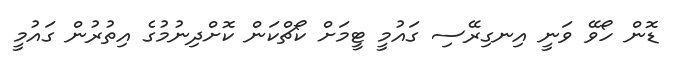
ޑޮން ހޯވޭ ވަނީ އިނގިރޭސި ގައުމީ ޓީމަށް ކޯޗްކަން ކޮށްދިނުމުގެ އިތުރުން ގައުމީ